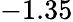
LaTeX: -1.35